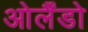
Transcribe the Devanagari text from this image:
ओर्लैंडो